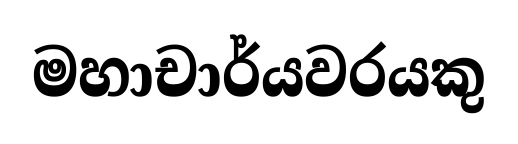
මහාචාර්යවරයකු